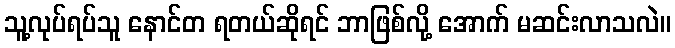
သူ့လုပ်ရပ်သူ နောင်တ ရတယ်ဆိုရင် ဘာဖြစ်လို့ အောက် မဆင်းလာသလဲ။